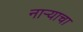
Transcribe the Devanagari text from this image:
नाऱ्याचा